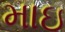
માઇ